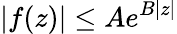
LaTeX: |f(z)|\leq Ae^{B|z|}